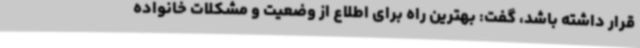
قرار داشته باشد، گفت: بهترین راه برای اطلاع از وضعیت و مشکلات خانواده